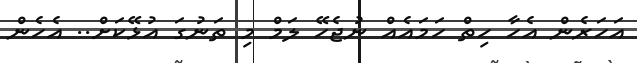
އަހަރެން އެހާ ހިތް ހަމައެއް ނުޖެހޭ ލަމް މި ތަނުގަ އުޅޭކަށް.. އެހެން